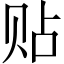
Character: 贴